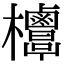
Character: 𣡣